Report on vaccination in Madras 1904-1921 - 1904-1921
Year: 1904
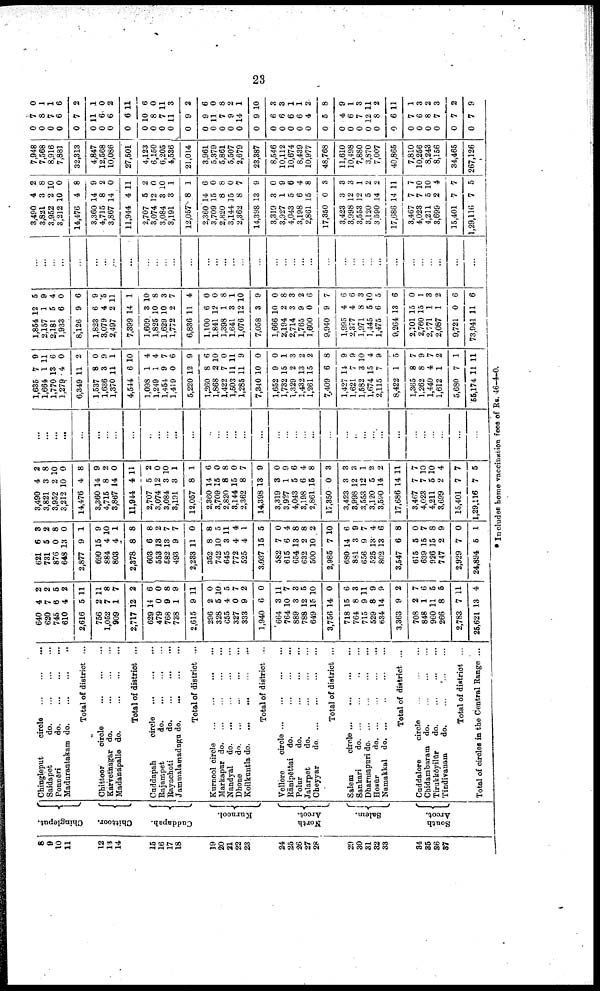
23
8
0
10
11
12
13
14
15
16
17
18
19
20
21
22
23
24
25
26
27
28
29
30
31
32
33
34
35
36
37
Ghingleput.
Chittoor.
Cuddapah.
Kurnool.
North
Arcot.
Salem.
South
Arcot.
Chingleput
circle
...
...
...
Saidapet
d
o
. ... ... ...
Ponnēri do. ... ... ...
Madurantakam d
o
. ... ... ...
Total of district ...
Chittoor circle ... ... ...
Karvetnagar do.
...
...
...
Madanapalle do.
...
...
...
Total of district ...
Guddapah
circle
...
...
...
Rajampet
do. ... ... ...
Rayachoti
d
o
. ... ... ...
Jammalamadugu do.
...
... ...
Total of district ...
Kurnool circle
...
...
...
...
Markapur d
o
. ... ... ... ...
Nandyal do. ... ... ... ...
Dhone
do.
...
...
...
...
Koilkuntla d
o
. ... ... ... ...
Total of district ...
Vellore
circle
...
...
...
...
Rānipēttai do.
...
...
...
Polur
do. ... ... ...
Jalarpet
do. ... ... ... ...
Cheyyar
d
o
. ... ... ...
Total of district ...
Salem circle ... ... ... ...
Sankari
d
o
. ... ... ... ...
Dharmapuri do. ... ... ... ...
Hosūr do. ... ... ... ...
Namakkal do. ... ... ... ...
Total of district ...
Cuddalore circle ... ... ...
Chidambaram do.
...
...
...
Tirukkōyilūr
d
o
. ... ... ...
Tindivanam
d
o
. ... ... ...
Total of district ...
Total of circles in the Central Range ...
640
620
745
610
2,616
756
1,052
909
2,717
629
479
768
738
2,615
296
328
655
327
333
1,940
664
764
889
788
649
3,756
718
764
715
529
634
3,363
708
848
960
266
2,783
25,621
4
7
6
4
5
2
7
1
12
14
0
9
1
9
2
5
4
0
9
6
3
10
3
12
15
14
15
8
9
8
14
9
2
1
11
8
7
13
2
2
5
2
11
11
8
7
2
6
0
8
9
11
0
10
5
7
2
0
1111
7
3
5
10
0
6
3
11
9
9
2
7
6
5
5
11
4
621
731
876
648
2,877
690
884
803
2,378
603
553
582
493
2,233
352
742
645
772
525
3,037
582
615
654
632
500
2,985
680
881
656
525
802
3,547
615
639
926
747
2,929
24,894
6
5
0
13
9
15
4
4
8
6
18
13
9
11
8
10
3
4
4
15
7
6
13
2
10
7
14
3
9
13
13
6
5
15
15
2
7
5
3
2
8
0
1
9
10
1
8
8
2
7
7
0
8
5
11
4
1
5
0
4
8
8
2
10
6
9
7
4
6
8
0
7
8
9
0
1
3,490
3,821
3,952
3,212
14,476
3,360
4,715
3,867
11,944
2,707
3,074
3,084
3,191
12,057
2,360
3,709
2,820
3,144
2,362
14,398
3,319
3,927
4,043
3,198
2,861
17,350
3,423
3,998
3,553
3,120
3,590
17,686
3,467
4,023
4,211
3,699
15,401
1,29,116
4
3
2
10
4
14
8
14
4
5
12
3
3
8
14
15
8
15
8
13
3
1
5
6
15
0
3
12
12
5
14
14
7
7
5
2
7
7
2
8
10
0
8
9
2
0
11
2
0
10
1
1
6
0
8
0
7
9
0
9
6
4
8
3
3
3
1
2
2
11
7
10
10
4
7
5
...
...
...
...
...
...
...
...
...
...
...
...
...
...
...
...
...
...
...
...
...
...
...
...
...
...
...
...
...
...
...
...
...
...
...
...
...
...
1,635
1,664
1,770
1,279
6,349
1,537
1,636
1,370
4,544
1,098
1,249
1,454
1,419
5,220
1,260
1,868
1,422
1,503
1,285
7,340
1,652
1,732
1,329
1,432
1,261
7,409
1,427
1,621
1,582
1,674
2,115
8,422
1,365
1,262
1,440
1,612
5,680
55,174
7
1
13
4
11
8
3
11
6
1
1
9
0
12
8
2
7
11
11
10
9
15
2
13
15
6
14
7
3
15
7
1
8
8
4
1
7
11
9
11
6
0
2
0
9
1
10
4
4
7
6
9
6
10
0
11
9
0
0
1
3
2
2
8
9
9
10
4
9
5
7
9
7
2
1
11
1,854
2,157
2,181
1,933
8,126
1,823
3,079
2,497
7,399
1,609
1,825
1,629
1,772
6,836
1,100
1,841
1,398
1,641
1,076
7,058
1,666
2,194
2,714
1,765
1,600
9,940
1,995
2,377
1,971
1,445
1,475
9,264
2,101
2,760
2,771
2,087
9,721
73,941
12
1
5
6
9
6
4
2
14
3
10
10
2
11
6
12
1
3
12
3
10
2
3
9
0
9
4
4
8
5
6
13
15
15
1
1
0
11
5
9
4
0
6
9
5
11
1
10
8
3
7
4
0
0
8
1
10
9
0
8
3
2
6
7
6
6
3
10
5
6
0
1
3
2
6
6
...
...
...
...
...
...
...
...
...
...
...
...
...
...
...
...
...
...
...
...
...
...
...
...
...
...
...
...
...
...
...
...
...
...
...
...
...
...
3,490
3,821
3,952
3,212
14,476
3,360
4,715
3,867
11,944
2,707
3,074
3,084
3,191
12,057
2,360
3,709
2,820
3,144
2,362
14,398
3,319
3,927
4,043
3,198
2,861
17,350
3,423
3,998
3,553
3,120
3,590
17,686
3,467
4,023
4,211
3,699
15,401
1,29,116
4
3
2
10
4
14
8
14
4
5
12
3
3
8
14
15
8
15
8
13
3
1
5
6
15
0
3
12
12
5
14
14
7
7
5
2
7
7
2
8
10
0
8
9
2
0
11
2
0
10
1
1
6
0
8
0
7
9
0
9
6
4
8
3
3
3
1
2
2
11
7
10
10
4
7
5
7,948
7,568
8,916
7,881
32,313
4,847
12,568
10,086
27,501
4,123
6,150
6,205
4,536
21,014
3,961
5,379
5,861
5,507
2,679
23,387
8,546
10,112
10,674
8,439
10,977
48,768
11,610
10,498
7,880
3,870
7,007
40,865
7,810
10,256
8,243
8,156
34,465
267,126
0
0
0
0
0
0
0
0
0
0
0
0
0
0
0
0
0
0
0
0
0
0
0
0
0
0
0
0
0
0
0
0
0
0
0
0
0
0
7
8
7
6
7
11
6
6
6
10
8
7
11
9
9
11
7
9
14
9
6
6
6
6
4
5
4
6
7
12
8
6
7
6
8
7
7
7
0
1
1
6
2
1
0
2
11
6
0
11
3
2
6
0
8
2
1
10
3
3
1
1
2
8
9
1
3
11
2
11
1
3
2
3
2
9
* Includes home vaccination fees of Rs. 46-4-0.